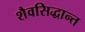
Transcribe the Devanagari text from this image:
शैवसिद्धान्त